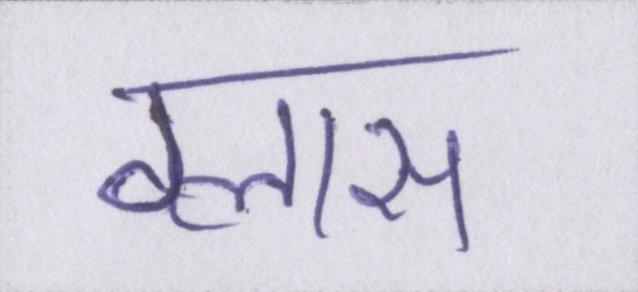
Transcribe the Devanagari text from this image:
ग्लास